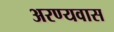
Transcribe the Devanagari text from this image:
अरण्यवास